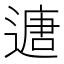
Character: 𮞻